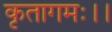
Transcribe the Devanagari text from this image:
कृतागमः।।